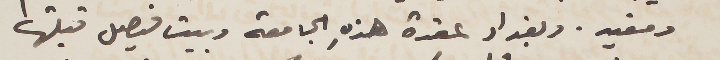
ومفيد. وبغداد عقدة هذهِ الجامعة وبيت فيصل قبلتها